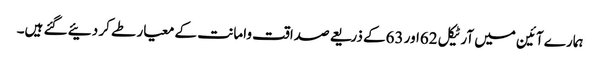
ہمارے آئین میں آرٹیکل 62اور 63کے ذریعے صداقت وامانت کے معیار طے کر دئیے گئے ہیں۔